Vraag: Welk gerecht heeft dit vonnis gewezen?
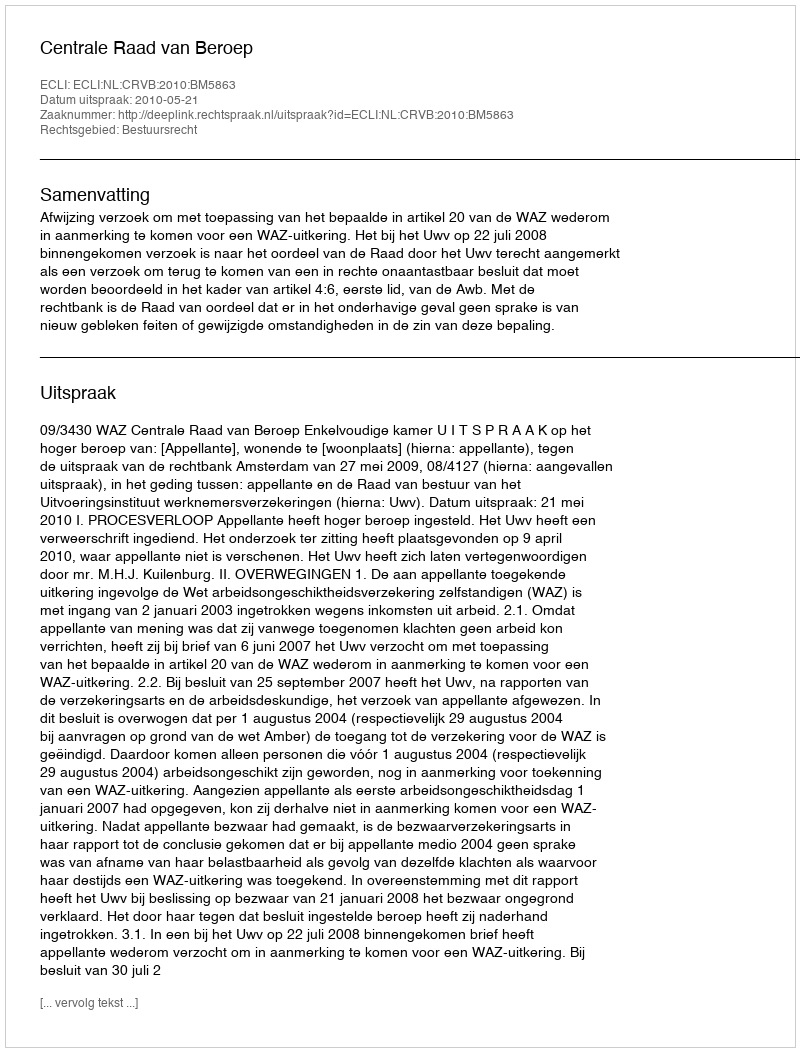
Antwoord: Centrale Raad van Beroep